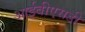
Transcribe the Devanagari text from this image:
आईबीएसडी